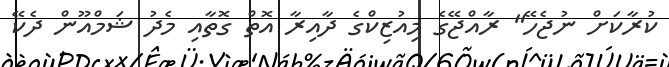
ކުރާކަށް ނުޖެހޭ" ރާއްޖޭގެ މިއުޒިކްގެ ދާއިރާ އޮތް ގޮތާއި މެދު ޝަމްއޫން ދެކޭ